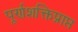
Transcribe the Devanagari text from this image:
पूर्णशक्तिप्राप्त